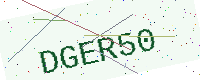
Text: DGER50